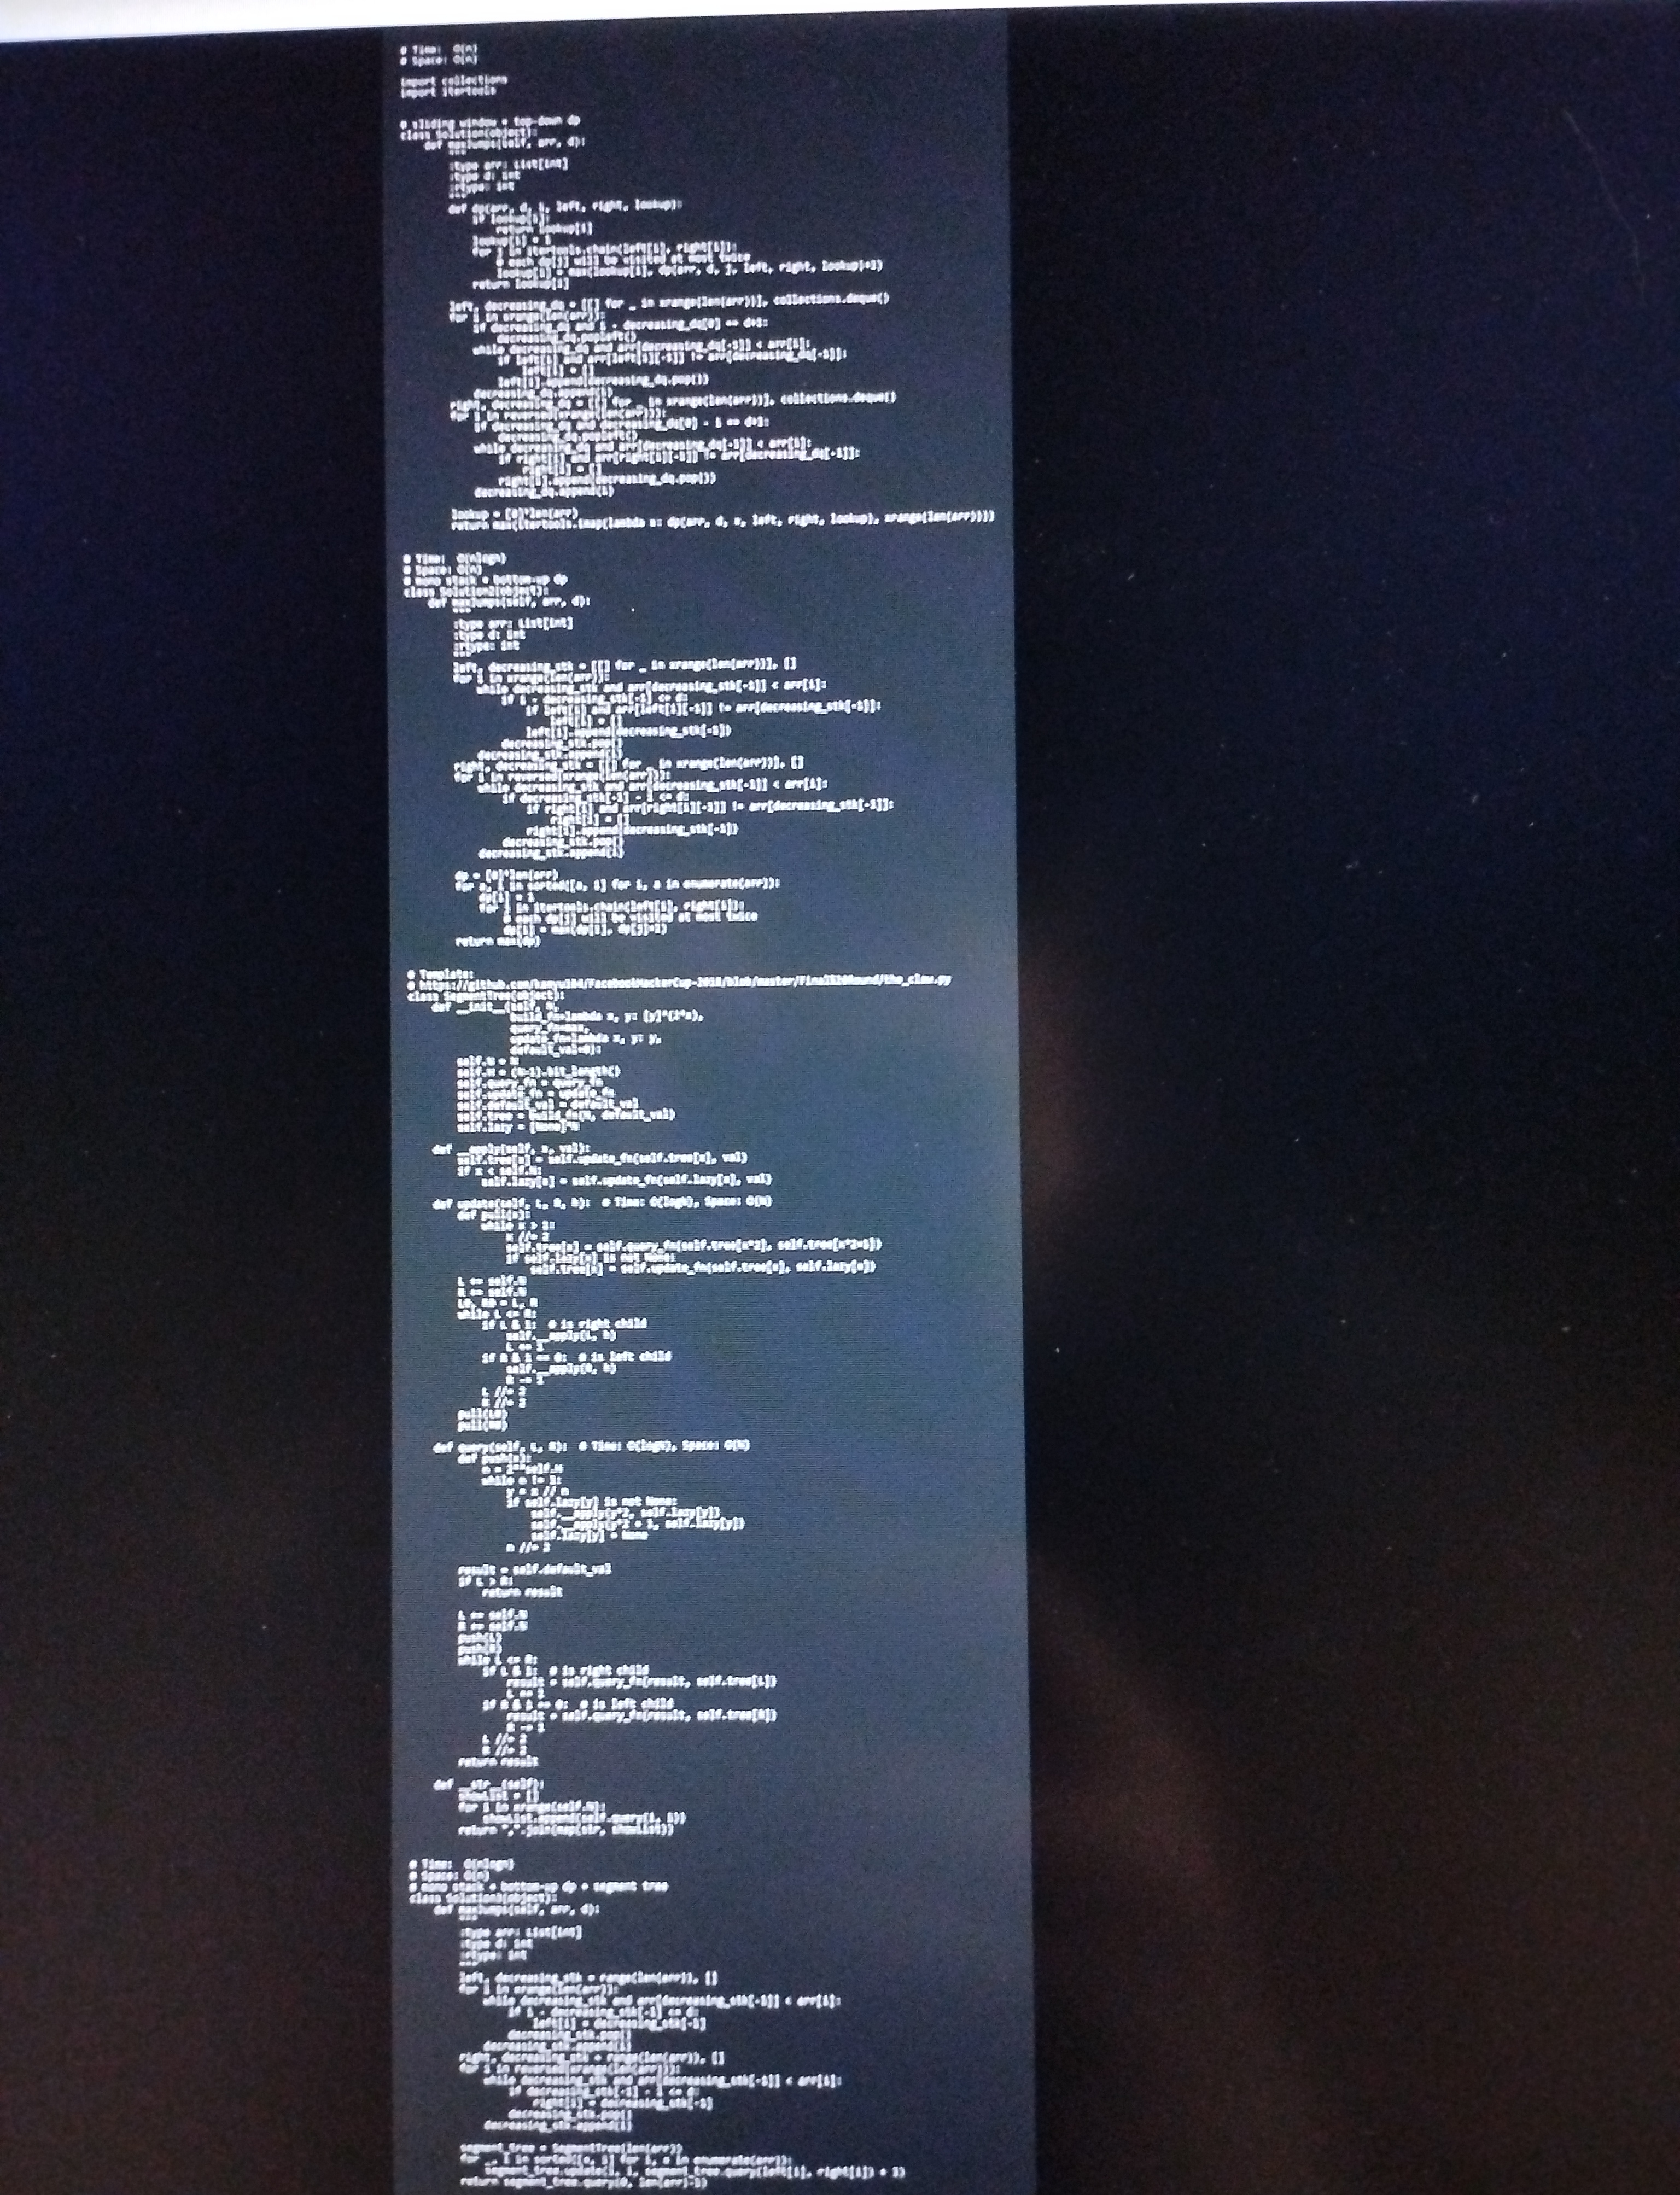
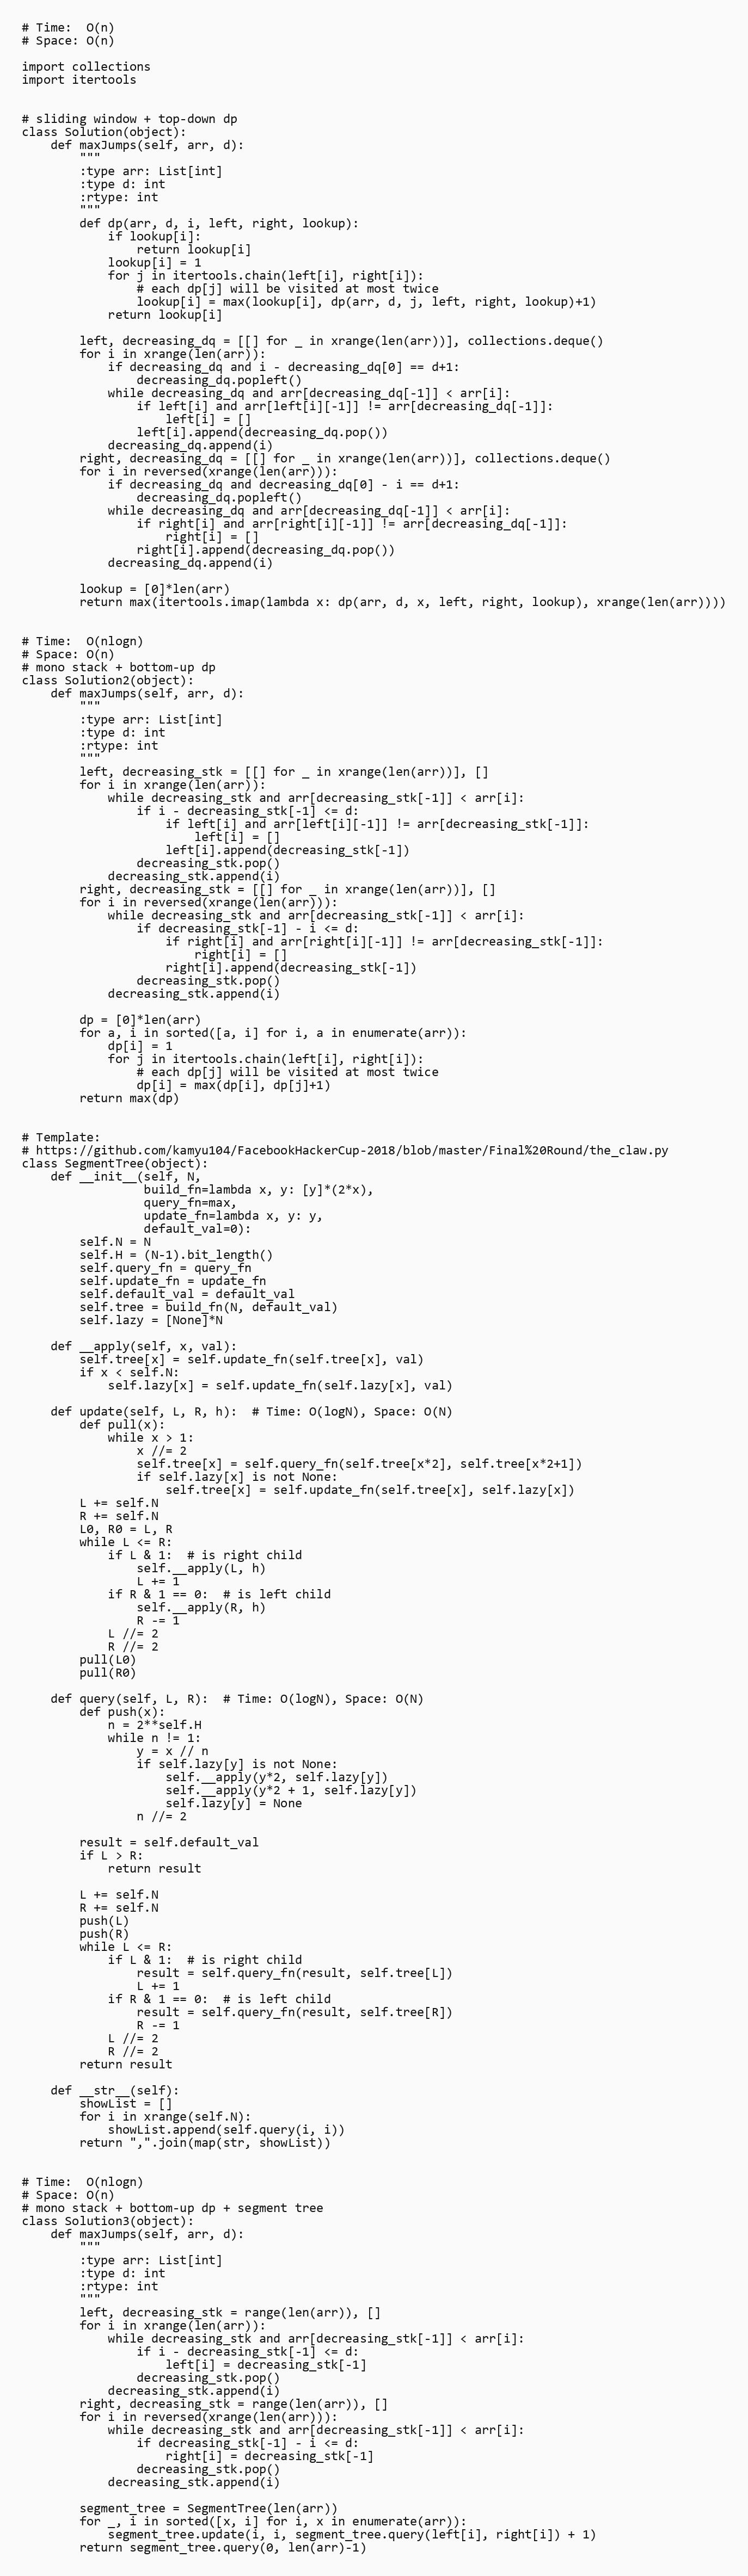
# Time:  O(n)
# Space: O(n)

import collections
import itertools

# sliding window + top-down dp
class Solution(object):
    def maxJumps(self, arr, d):
        """
        :type arr: List[int]
        :type d: int
        :rtype: int
        """
        def dp(arr, d, i, left, right, lookup):
            if lookup[i]:
                return lookup[i]
            lookup[i] = 1
            for j in itertools.chain(left[i], right[i]):
                # each dp[j] will be visited at most twice
                lookup[i] = max(lookup[i], dp(arr, d, j, left, right, lookup)+1)
            return lookup[i]

        left, decreasing_dq = [[] for _ in xrange(len(arr))], collections.deque()
        for i in xrange(len(arr)):
            if decreasing_dq and i - decreasing_dq[0] == d+1:
                decreasing_dq.popleft()
            while decreasing_dq and arr[decreasing_dq[-1]] < arr[i]:
                if left[i] and arr[left[i][-1]] != arr[decreasing_dq[-1]]:
                    left[i] = []
                left[i].append(decreasing_dq.pop())
            decreasing_dq.append(i)
        right, decreasing_dq = [[] for _ in xrange(len(arr))], collections.deque()
        for i in reversed(xrange(len(arr))):
            if decreasing_dq and decreasing_dq[0] - i == d+1:
                decreasing_dq.popleft()
            while decreasing_dq and arr[decreasing_dq[-1]] < arr[i]:
                if right[i] and arr[right[i][-1]] != arr[decreasing_dq[-1]]:
                    right[i] = []
                right[i].append(decreasing_dq.pop())
            decreasing_dq.append(i)

        lookup = [0]*len(arr)
        return max(itertools.imap(lambda x: dp(arr, d, x, left, right, lookup), xrange(len(arr))))

# Time:  O(nlogn)
# Space: O(n)
# mono stack + bottom-up dp
class Solution2(object):
    def maxJumps(self, arr, d):
        """
        :type arr: List[int]
        :type d: int
        :rtype: int
        """
        left, decreasing_stk = [[] for _ in xrange(len(arr))], []
        for i in xrange(len(arr)):
            while decreasing_stk and arr[decreasing_stk[-1]] < arr[i]:
                if i - decreasing_stk[-1] <= d:
                    if left[i] and arr[left[i][-1]] != arr[decreasing_stk[-1]]:
                        left[i] = []
                    left[i].append(decreasing_stk[-1])
                decreasing_stk.pop()
            decreasing_stk.append(i)
        right, decreasing_stk = [[] for _ in xrange(len(arr))], []
        for i in reversed(xrange(len(arr))):
            while decreasing_stk and arr[decreasing_stk[-1]] < arr[i]:
                if decreasing_stk[-1] - i <= d:
                    if right[i] and arr[right[i][-1]] != arr[decreasing_stk[-1]]:
                        right[i] = []
                    right[i].append(decreasing_stk[-1])
                decreasing_stk.pop()
            decreasing_stk.append(i)

        dp = [0]*len(arr)
        for a, i in sorted([a, i] for i, a in enumerate(arr)):
            dp[i] = 1
            for j in itertools.chain(left[i], right[i]):
                # each dp[j] will be visited at most twice
                dp[i] = max(dp[i], dp[j]+1)
        return max(dp)

# Template:
# https://github.com/kamyu104/FacebookHackerCup-2018/blob/master/Final%20Round/the_claw.py
class SegmentTree(object):
    def __init__(self, N,
                 build_fn=lambda x, y: [y]*(2*x),
                 query_fn=max,
                 update_fn=lambda x, y: y,
                 default_val=0):
        self.N = N
        self.H = (N-1).bit_length()
        self.query_fn = query_fn
        self.update_fn = update_fn
        self.default_val = default_val
        self.tree = build_fn(N, default_val)
        self.lazy = [None]*N

    def __apply(self, x, val):
        self.tree[x] = self.update_fn(self.tree[x], val)
        if x < self.N:
            self.lazy[x] = self.update_fn(self.lazy[x], val)

    def update(self, L, R, h):  # Time: O(logN), Space: O(N)
        def pull(x):
            while x > 1:
                x //= 2
                self.tree[x] = self.query_fn(self.tree[x*2], self.tree[x*2+1])
                if self.lazy[x] is not None:
                    self.tree[x] = self.update_fn(self.tree[x], self.lazy[x])
        L += self.N
        R += self.N
        L0, R0 = L, R
        while L <= R:
            if L & 1:  # is right child
                self.__apply(L, h)
                L += 1
            if R & 1 == 0:  # is left child
                self.__apply(R, h)
                R -= 1
            L //= 2
            R //= 2
        pull(L0)
        pull(R0)

    def query(self, L, R):  # Time: O(logN), Space: O(N)
        def push(x):
            n = 2**self.H
            while n != 1:
                y = x // n
                if self.lazy[y] is not None:
                    self.__apply(y*2, self.lazy[y])
                    self.__apply(y*2 + 1, self.lazy[y])
                    self.lazy[y] = None
                n //= 2

        result = self.default_val
        if L > R:
            return result

        L += self.N
        R += self.N
        push(L)
        push(R)
        while L <= R:
            if L & 1:  # is right child
                result = self.query_fn(result, self.tree[L])
                L += 1
            if R & 1 == 0:  # is left child
                result = self.query_fn(result, self.tree[R])
                R -= 1
            L //= 2
            R //= 2
        return result

    def __str__(self):
        showList = []
        for i in xrange(self.N):
            showList.append(self.query(i, i))
        return ",".join(map(str, showList))

# Time:  O(nlogn)
# Space: O(n)
# mono stack + bottom-up dp + segment tree
class Solution3(object):
    def maxJumps(self, arr, d):
        """
        :type arr: List[int]
        :type d: int
        :rtype: int
        """
        left, decreasing_stk = range(len(arr)), []
        for i in xrange(len(arr)):
            while decreasing_stk and arr[decreasing_stk[-1]] < arr[i]:
                if i - decreasing_stk[-1] <= d:
                    left[i] = decreasing_stk[-1]
                decreasing_stk.pop()
            decreasing_stk.append(i)
        right, decreasing_stk = range(len(arr)), []
        for i in reversed(xrange(len(arr))):
            while decreasing_stk and arr[decreasing_stk[-1]] < arr[i]:
                if decreasing_stk[-1] - i <= d:
                    right[i] = decreasing_stk[-1]
                decreasing_stk.pop()
            decreasing_stk.append(i)

        segment_tree = SegmentTree(len(arr))
        for _, i in sorted([x, i] for i, x in enumerate(arr)):
            segment_tree.update(i, i, segment_tree.query(left[i], right[i]) + 1)
        return segment_tree.query(0, len(arr)-1)